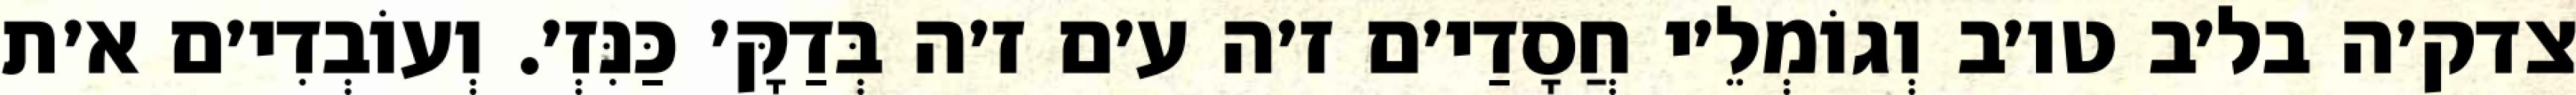
צדק׳ה בל׳ב טו׳ב וְגוֹמְלֵ׳י חֲסָדַי׳ם ז׳ה ע׳ם ז׳ה בְּדַקָּ׳ כַּנִּזְ׳. וְעוֹבְדִי׳ם א׳ת